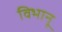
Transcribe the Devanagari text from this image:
विभानू